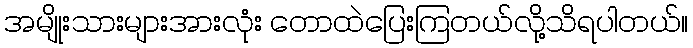
အမျိုးသားများအားလုံး တောထဲပြေးကြတယ်လို့သိရပါတယ်။